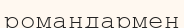
романдармен